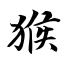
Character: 猴